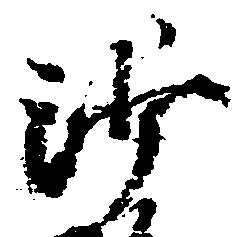
沙